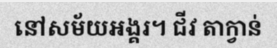
នៅសម័យអង្គរ។ ជីវ តាក្វាន់